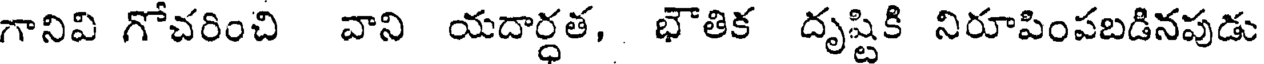
గానివి గోచరించి వాని యదార్ధత, భౌతిక దృష్టికి నిరూపింపబడినపుడు